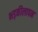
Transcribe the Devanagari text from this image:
भड़कीलापन